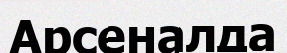
Арсеналда